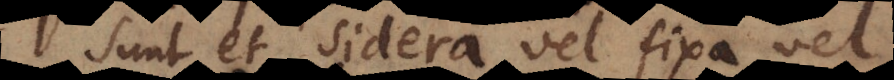
Sunt et sidera vel fixa vel